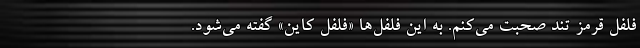
فلفل قرمز تند صحبت می‌کنم. به این فلفل‌ها «فلفل کاین» گفته می‌شود.